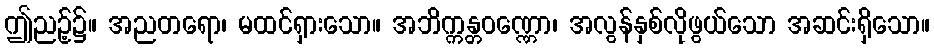
ဤညဉ့်၌။ အညတရော၊ မထင်ရှားသော။ အဘိက္ကန္တဝဏ္ဏော၊ အလွန်နှစ်လိုဖွယ်သော အဆင်းရှိသော။